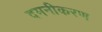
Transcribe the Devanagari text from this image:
दमनीकरण